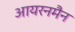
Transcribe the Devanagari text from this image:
आयरनमैन